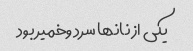
یکى از نانها سرد وخمیر بود